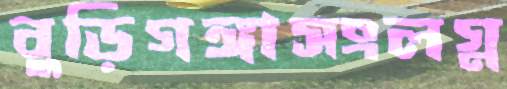
বুড়িগঙ্গাসংলগ্ন